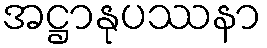
အဋ္ဌာနုပဿနာ